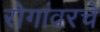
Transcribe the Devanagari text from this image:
रोगांवरचे